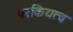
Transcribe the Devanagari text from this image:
परकियत्व